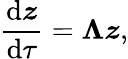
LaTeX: \frac{\mathrm{d}\boldsymbol{z}}{\mathrm{d}\tau}=\boldsymbol{\Lambda}\boldsymbol{z},